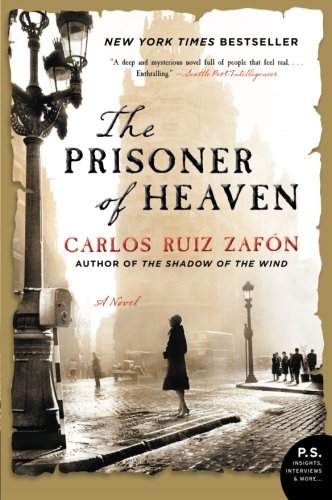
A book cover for The Prisoner of Heaven: A Novel; Carlos Ruiz Zafon; Literature & Fiction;